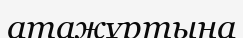
атажұртына